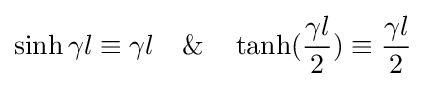
\sinh \gamma l\equiv \gamma l\quad \&\quad \tanh({\frac {\gamma l}{2}})\equiv {\frac {\gamma l}{2}}